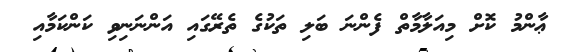
ޢާންމު ކޮށް މިއަލާމާތް ފެންނަ ބަލި ތަކުގެ ތެރޭގައި އަންނަނިވި ކަންކަމާއި